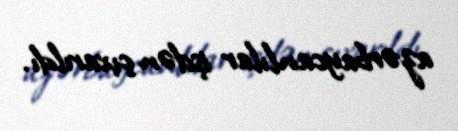
azərbaycanlılar işdən çıxarıldı.